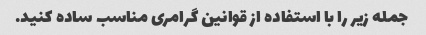
جمله زیر را با استفاده از قوانین گرامری مناسب ساده کنید.